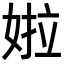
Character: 𡝰